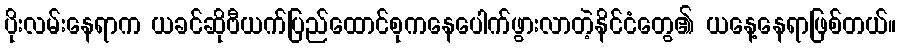
ပိုးလမ်းနေရာက ယခင်ဆိုဗီယက်ပြည်ထောင်စုကနေပေါက်ဖွားလာတဲ့နိင်ငံတွေ၏ ယနေ့နေရာဖြစ်တယ်။